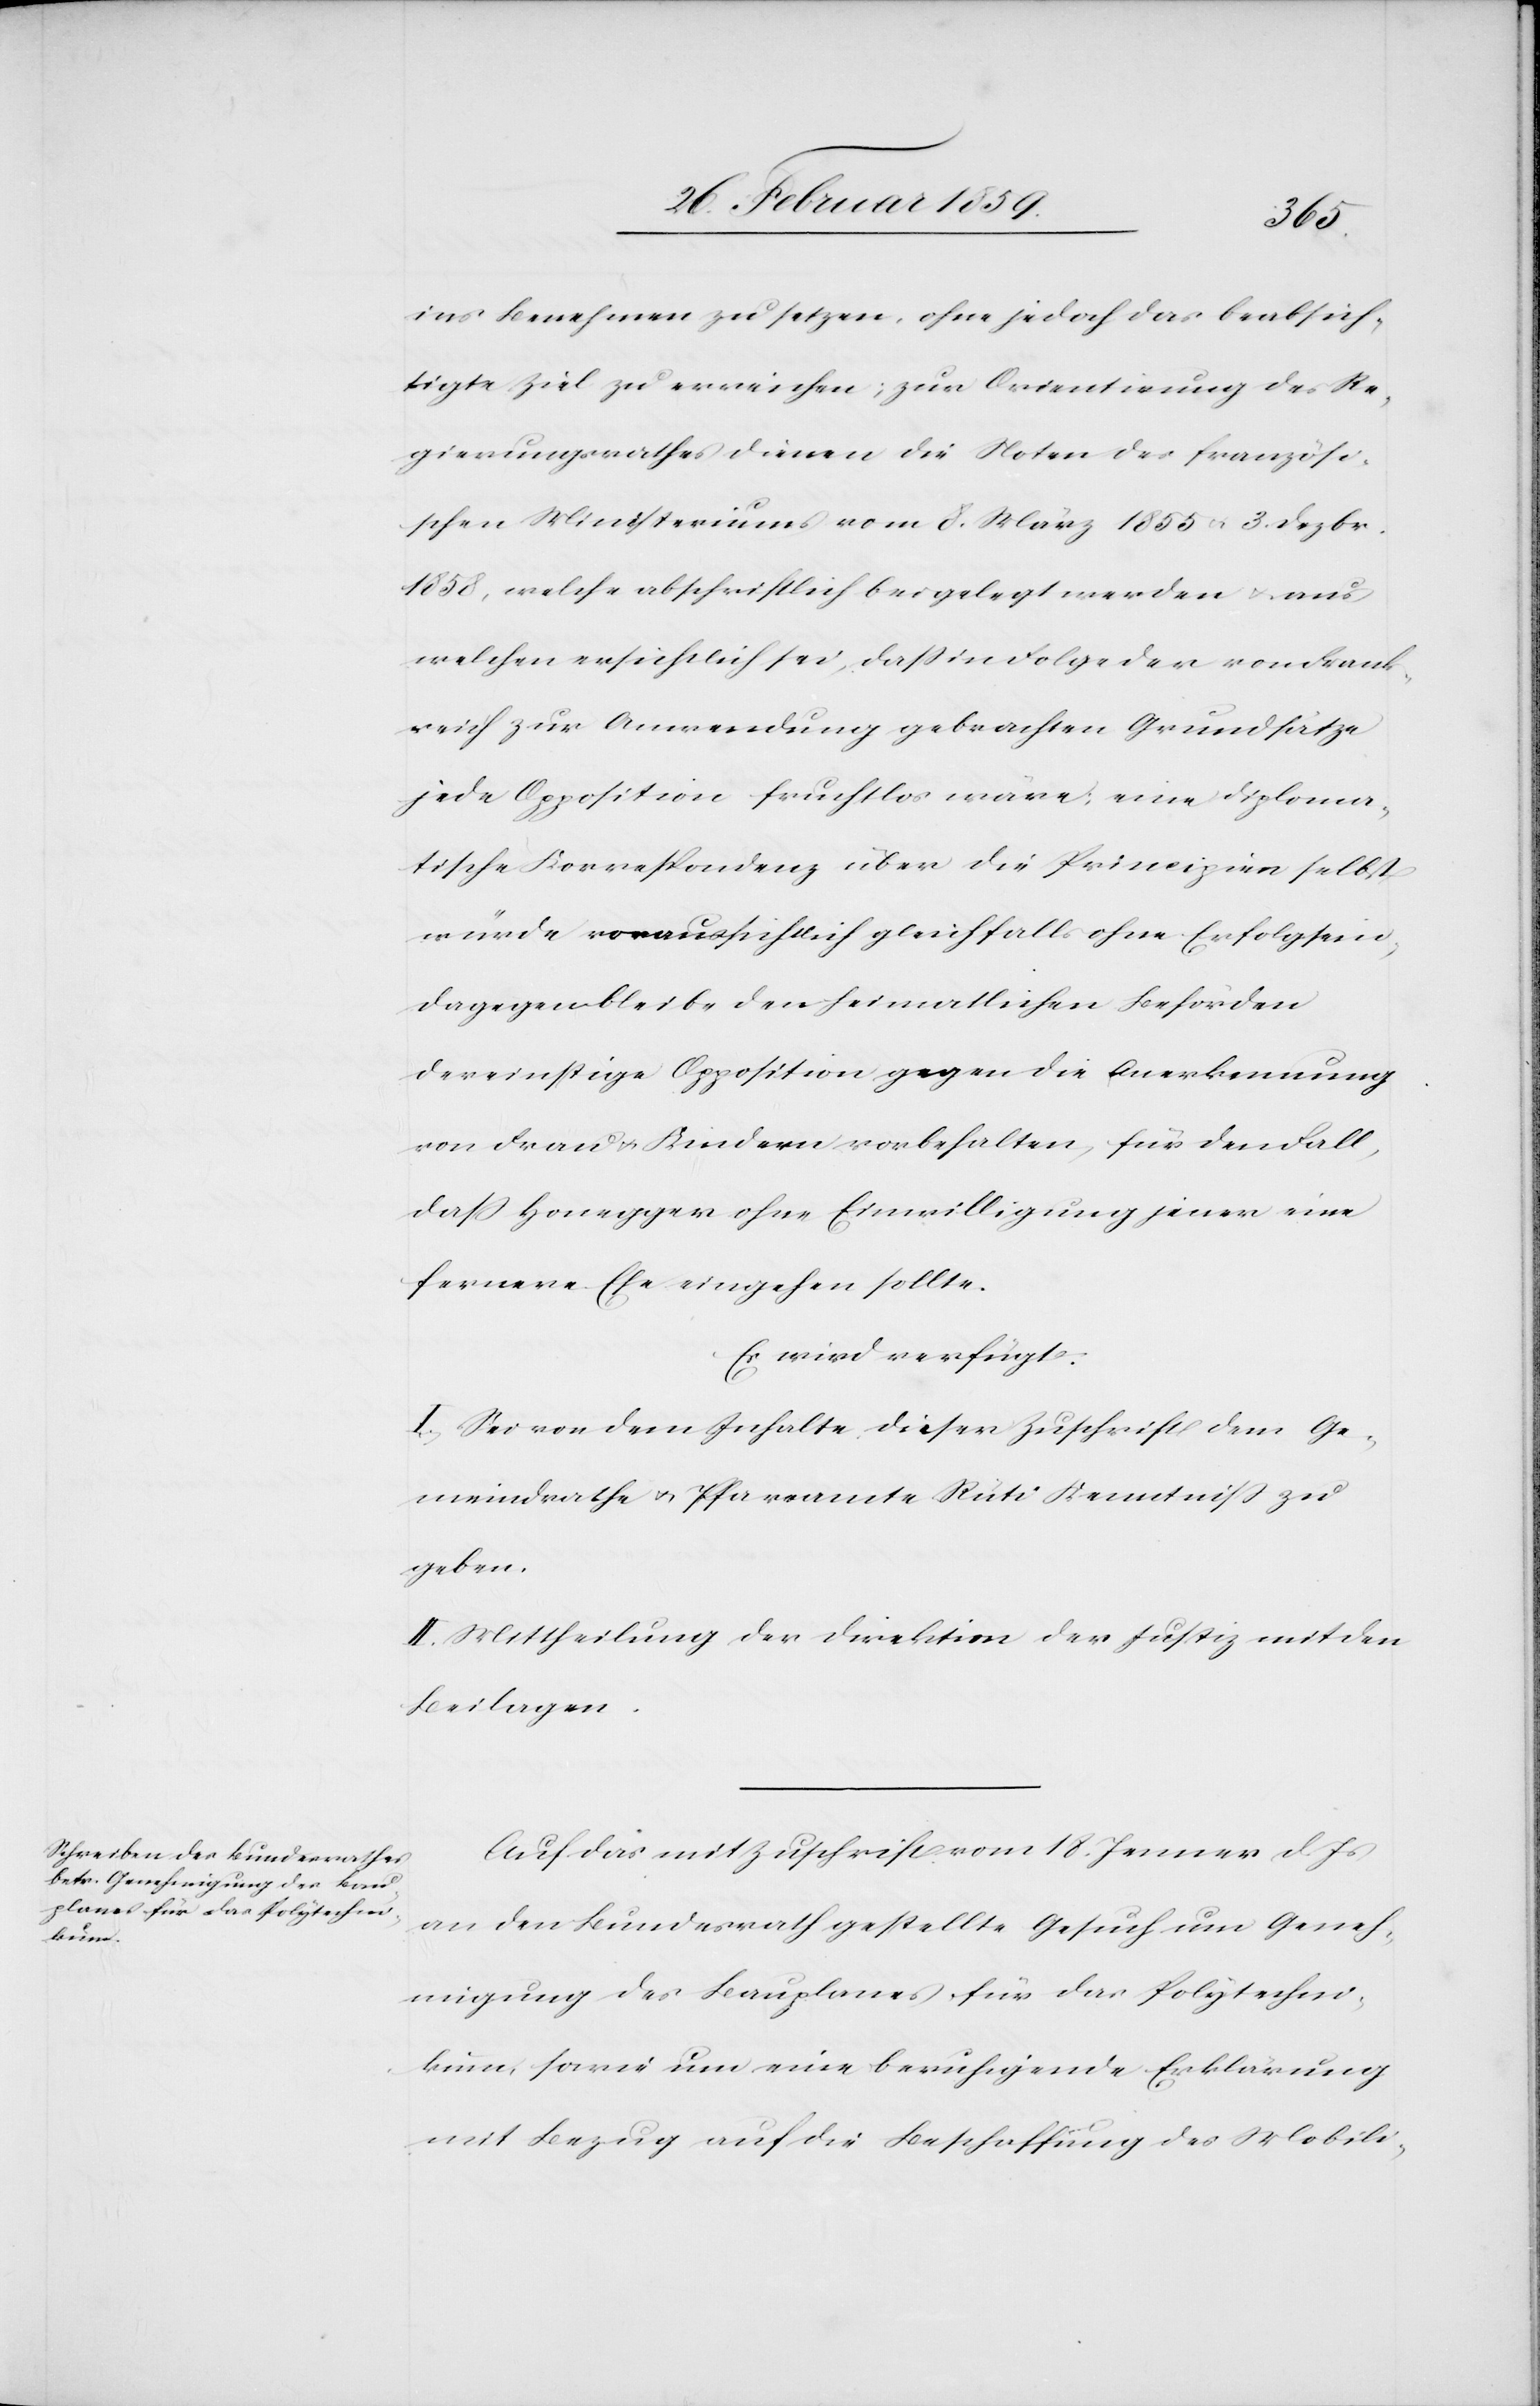
ins Benehmen zu setzen, ohne jedoch das beabsich¬
tigte Ziel zu erreichen; zur Orientirung des Re¬
gierungsrathes dienen die Noten des französi¬
schen Ministeriums vom 8. März 1855 u. 3. Dezbr.
1858, welche abschriftlich beigelegt werden u. aus
welchen ersichtlich sei, daß in Folge der von Frank¬
reich zur Anwendung gebrachten Grundsätze
jede Opposition fruchtlos wäre, eine diploma¬
tische Korrespondenz über die Principien selbst
würde voraussichtlich gleichfalls ohne Erfolg sein,
dagegen bleibe den heimatlichen Behörden
dereinstige Opposition gegen die Anerkennung
von Frau u. Kindern vorbehalten, für den Fall,
daß Honegger ohne Einwilligung jener eine
fernere Ehe eingehen sollte.
Es wird verfügt:
I. Sei von dem Inhalte dieser Zuschrift dem Ge¬
meindrathe u. Pfarramte Rüti Kenntniß zu
geben.
II. Mittheilung der Direktion der Justiz mit den
Beilagen.
Auf das mit Zuschrift vom 18. Jenner d. Js
an den Bundesrath gestellte Gesuch um Geneh¬
migung des Bauplanes für das Polytechni¬
kum, sowie um eine beruhigende Erklärung
mit Bezug auf die Beschaffung des Mobili-